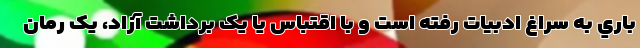
باري به سراغ ادبيات رفته است و با اقتباس يا يک برداشت آزاد، يک رمان